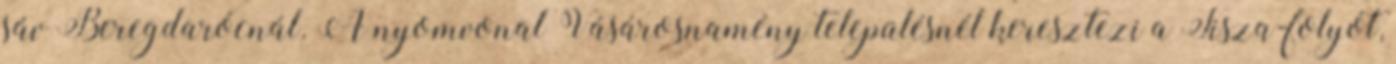
sáv Beregdarócnál. A nyomvonal Vásárosnamény településnél keresztezi a Tisza-folyót,